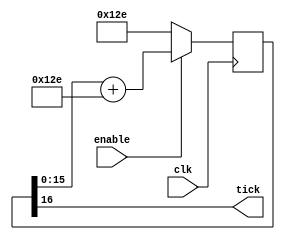
module baud_tick_gen (clk, enable, tick);
input clk, enable;
output tick;    //generate a tick at the specified baud rate * over_sampling

parameter clk_freq = 25000000;
parameter baud = 115200;
parameter over_sampling = 1;

function integer log2(input integer v); begin 
    log2=0; 
    while(v>>log2)
        log2=log2+1;
end
endfunction

localparam acc_width = log2(clk_freq/baud) + 8;
reg [acc_width:0] acc = 0;
localparam shift_limiter = log2(baud*over_sampling >> (31-acc_width));  //this makes sure inc calculation does not overflow
localparam inc = ((baud*over_sampling << (acc_width-shift_limiter)) + ( clk_freq >> (shift_limiter+1))) / (clk_freq >> shift_limiter);

always @(posedge clk) begin
    if(enable)
        acc <= acc[acc_width-1:0] + inc[acc_width:0];
    else
        acc <= inc[acc_width:0];
end

assign tick = acc[acc_width];

endmodule